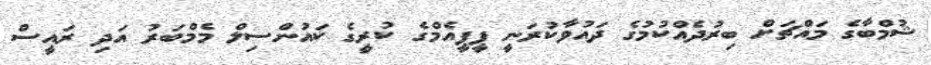
ޝުމްބާގެ މައްޗަށް ބިރުދެއްކުމުގެ ދައުވާކުރަނީ ޕީޕީއެމްގެ ކުރީގެ ކައުންސިލް މެމްބަރު އަދި ރައީސް